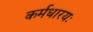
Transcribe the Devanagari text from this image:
कर्मधारयः